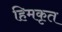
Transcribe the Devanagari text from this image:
हिमकृत